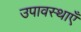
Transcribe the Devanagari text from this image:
उपावस्थाएँ